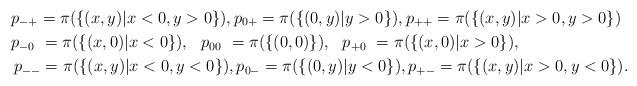
LaTeX: \begin{align*}& p_{-+} = \pi(\{(x,y) | x <0, y>0\}), p_{0+} = \pi(\{(0,y) | y>0\}), p_{++} = \pi(\{(x,y) | x >0, y>0\}) \\& p_{-0} \,\, = \pi(\{(x,0) | x <0\}), \, \, \, \, p_{00} \, \, = \pi(\{(0,0)\}), \, \, \, \, p_{+0} \, \, = \pi(\{(x,0) | x >0\}), \\& \, p_{--} = \pi(\{(x,y) | x <0, y<0\}), p_{0-} = \pi(\{(0,y) | y<0\}), p_{+-} = \pi(\{(x,y) | x >0, y<0\}).\end{align*}